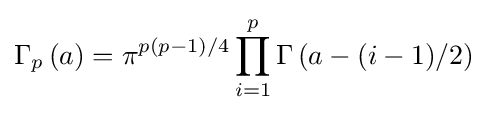
\Gamma _{p}\left(a\right)=\pi ^{p(p-1)/4}\prod _{i=1}^{p}\Gamma \left(a-(i-1)/2\right)